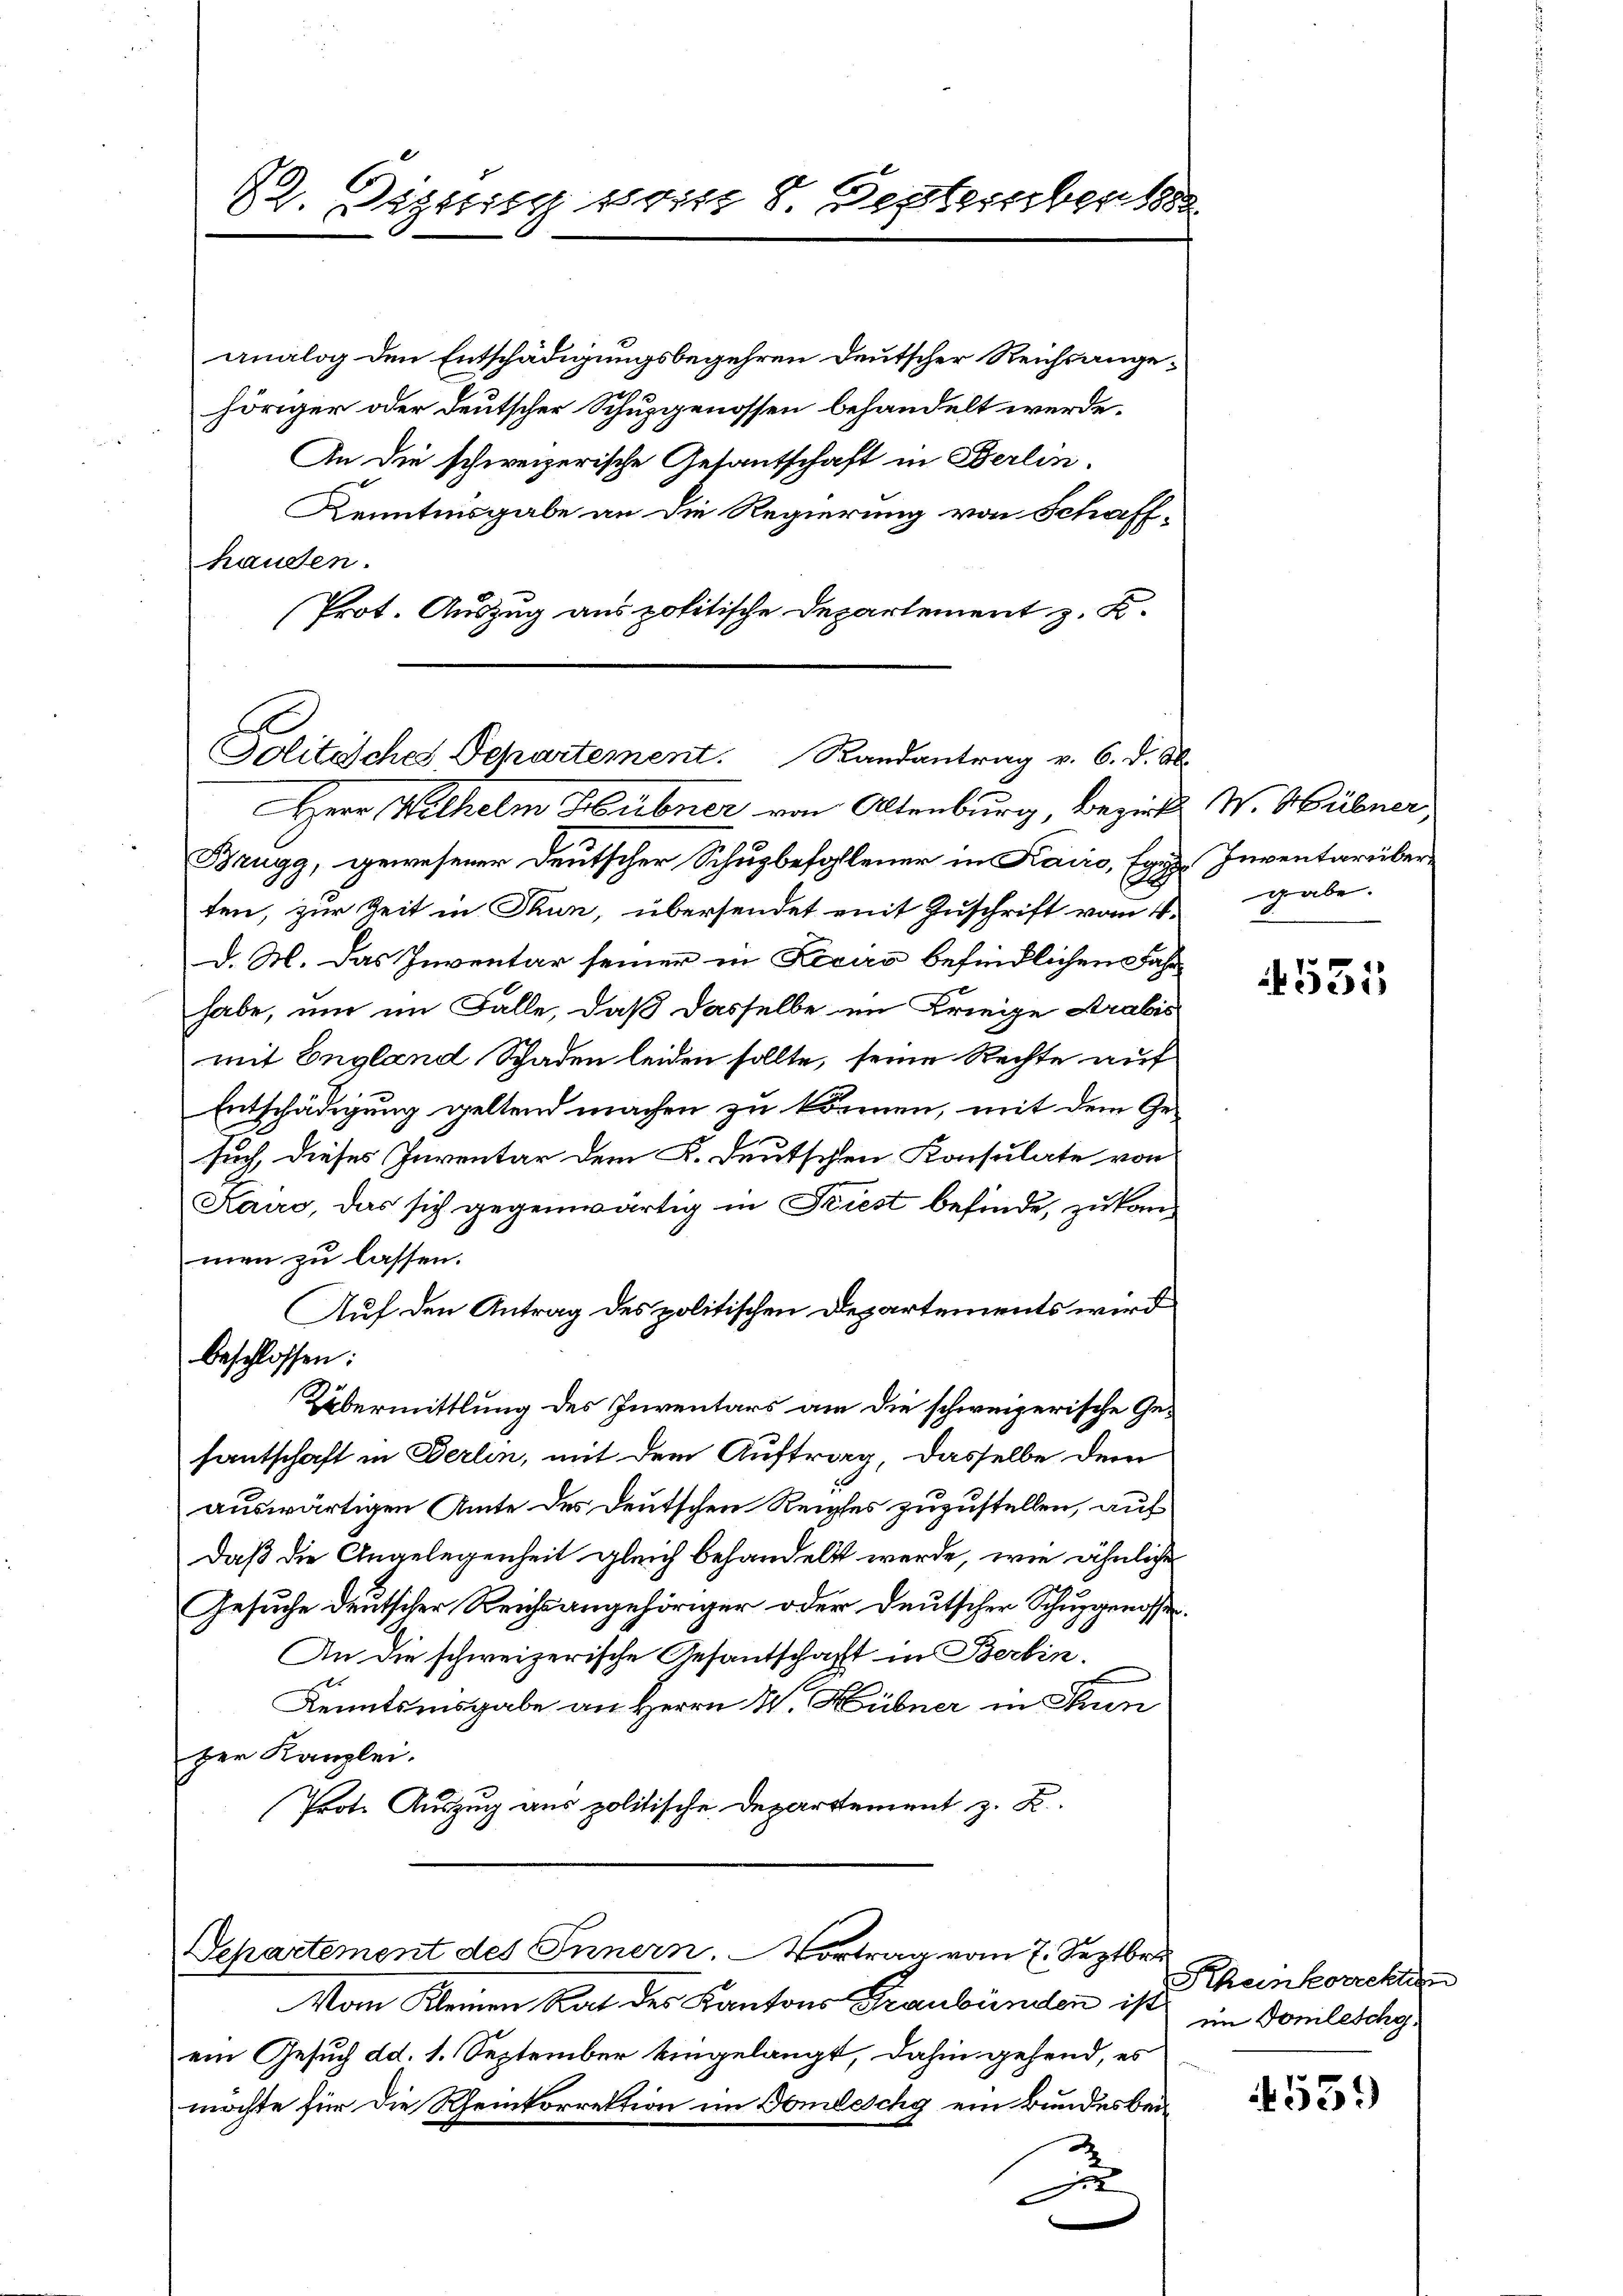
82. Distig seit 8. Septembert

analog den Entschädigungsbegehren deutscher Reichsange¬
.
höriger oder deutscher Schupgenossen behandelt werde.
An die schweizerische Gesantschaft in Berlin.
Kenntnisgabe an die Regierung von Schaff-
handen.
Prot. Auszug aus politische Departement z. K.

A
Jolitisches Departement. Randantrag v. 6. d. M.

Herr Wilhelm Hübner von Altenburg, Bezirk W. Hübner
Brugg, gewesener Deutscher Schuzbefohlener in Kairo, Eger Inventarüberten, zur Zeit in Thun, übersendet mit Zuschrift vom 4. gabe
d. M. das Inventar seiner in Liciro befindlichen Fahrhabe, um im Falle, daß dasselbe im Kriege Arabis
mit England Schaden leiden sollte, seine Rechte auf
Entschädigung geltend machen zu können, mit dem Gesuch, dieses Inventar dem K. Deutschen Konsulate von
Kairo, das sich gegenwärtig in Friest befinde, zukommen zu lassen.
Auf den Antrag des politischen Departements wird
beschlossen:
Übermittlung des Inventars am die schweizerische Ge-
santschaft in Berlin, mit dem Auftrag, dasselbe dem
auswärtigen Amte des Deutschen Reiches zuzustellen, auf
daß die Angelegenheit gleich behandelt werde, wie ähnliche
Gesuche deutscher Reichsangehöriger oder deutscher Schulgenosse
An die schweizerische Gesantschaft in Berlin.
Kenntnisgabe an Herrn W. Hübner in Fun
zer Kanzlei.
Prote Auszug aus politische Departement z. B.

Departement des Innern. Vortrag vom 7. Septbr.

Vom Kleinen Rat des Kantons Graubünden ist im Domileschoein Gesuch dd. 1. September eingelangt, dahin gehend, es
möchte für die Rheinkorrektion im Domleschy ein Bundes bei
u

4531

Rheinkorrekten

4539)